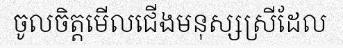
ចូលចិត្តមើលជើងមនុស្សស្រីដែល